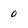
Character: 0